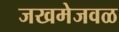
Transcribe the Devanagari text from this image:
जखमेजवळ